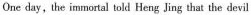
One day, the immortal told Heng Jing that the devil